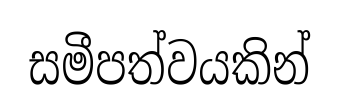
සමීපත්වයකින්